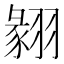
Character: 𦑙